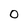
Character: 0